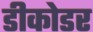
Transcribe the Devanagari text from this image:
डीकोडर